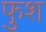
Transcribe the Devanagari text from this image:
फुश